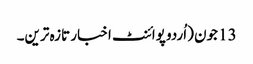
13 جون (اُردو پوائنٹ اخبار تازہ ترین۔